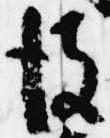
彼